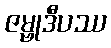
ဇမ္ဗုဒီပဿ